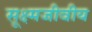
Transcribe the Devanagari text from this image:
सूक्ष्मजीवीय